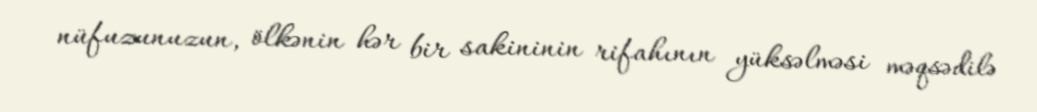
nüfuzunuzun, ölkənin hər bir sakininin rifahının yüksəlməsi məqsədilə